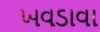
ખવડાવા